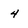
Character: 4